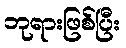
ဘုရားဖြစ်ပြီး